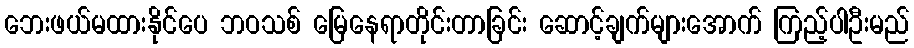
ဘေးဖယ်မထားနိုင်ပေ ဘဝသစ် မြေနေရာတိုင်းတာခြင်း ဆောင့်ချက်များအောက် ကြည့်ပါဦးမည်